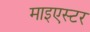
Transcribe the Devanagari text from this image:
माइएस्टर